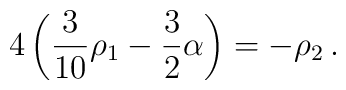
4\left({3\over 10}\rho_1-{3\over2}\alpha\right)=-\rho_2\,.